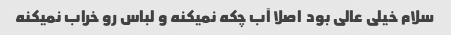
سلام خیلی عالی بود  اصلا آب چکه نمیکنه و لباس رو خراب نمیکنه